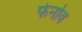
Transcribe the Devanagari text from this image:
फेर्नाव